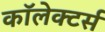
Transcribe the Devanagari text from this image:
कॉलेक्टर्स